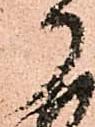
御